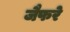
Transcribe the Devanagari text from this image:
जैफरे